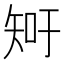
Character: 𥎿